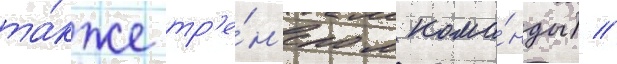
та́кже тр'е́н'ером кома́нды) //